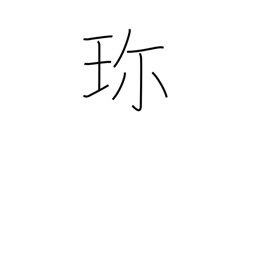
Meaning: valuable